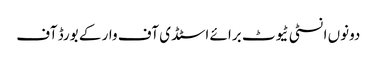
دونوں انسٹی ٹیوٹ برائے اسٹڈی آف وار کے بورڈ آف